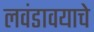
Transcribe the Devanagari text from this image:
लवंडावयाचे